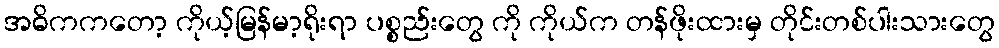
အဓိကကတော့ ကိုယ့်မြန်မာ့ရိုးရာ ပစ္စည်းတွေ ကို ကိုယ်က တန်ဖိုးထားမှ တိုင်းတစ်ပါးသားတွေ